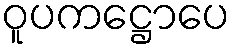
ဝူပကဋ္ဌောပေ